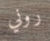
روني